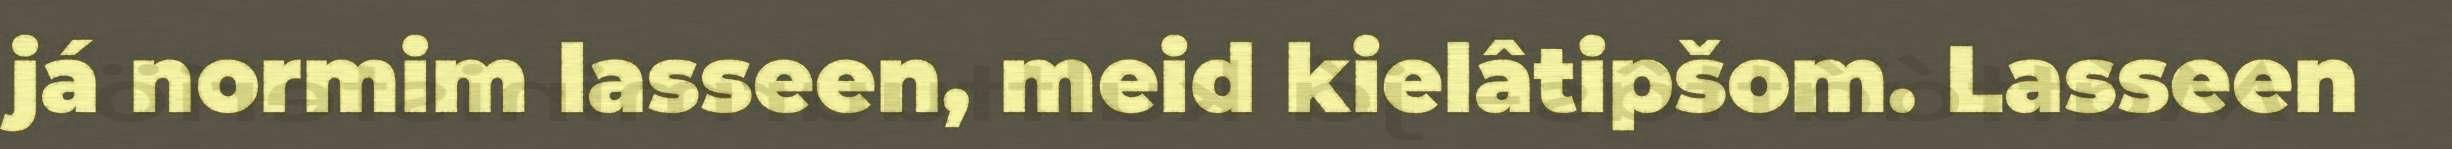
já normim lasseen, meid kielâtipšom. Lasseen